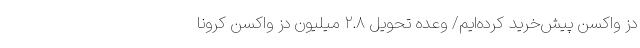
دُز واکسن پیش‌خرید کرده‌ایم/ وعده تحویل ۲.۸ میلیون دز واکسن کرونا